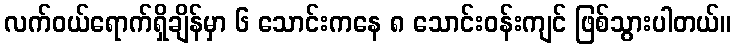
လက်ဝယ်ရောက်ရှိချိန်မှာ ၆ သောင်းကနေ ၈ သောင်းဝန်းကျင် ဖြစ်သွားပါတယ်။